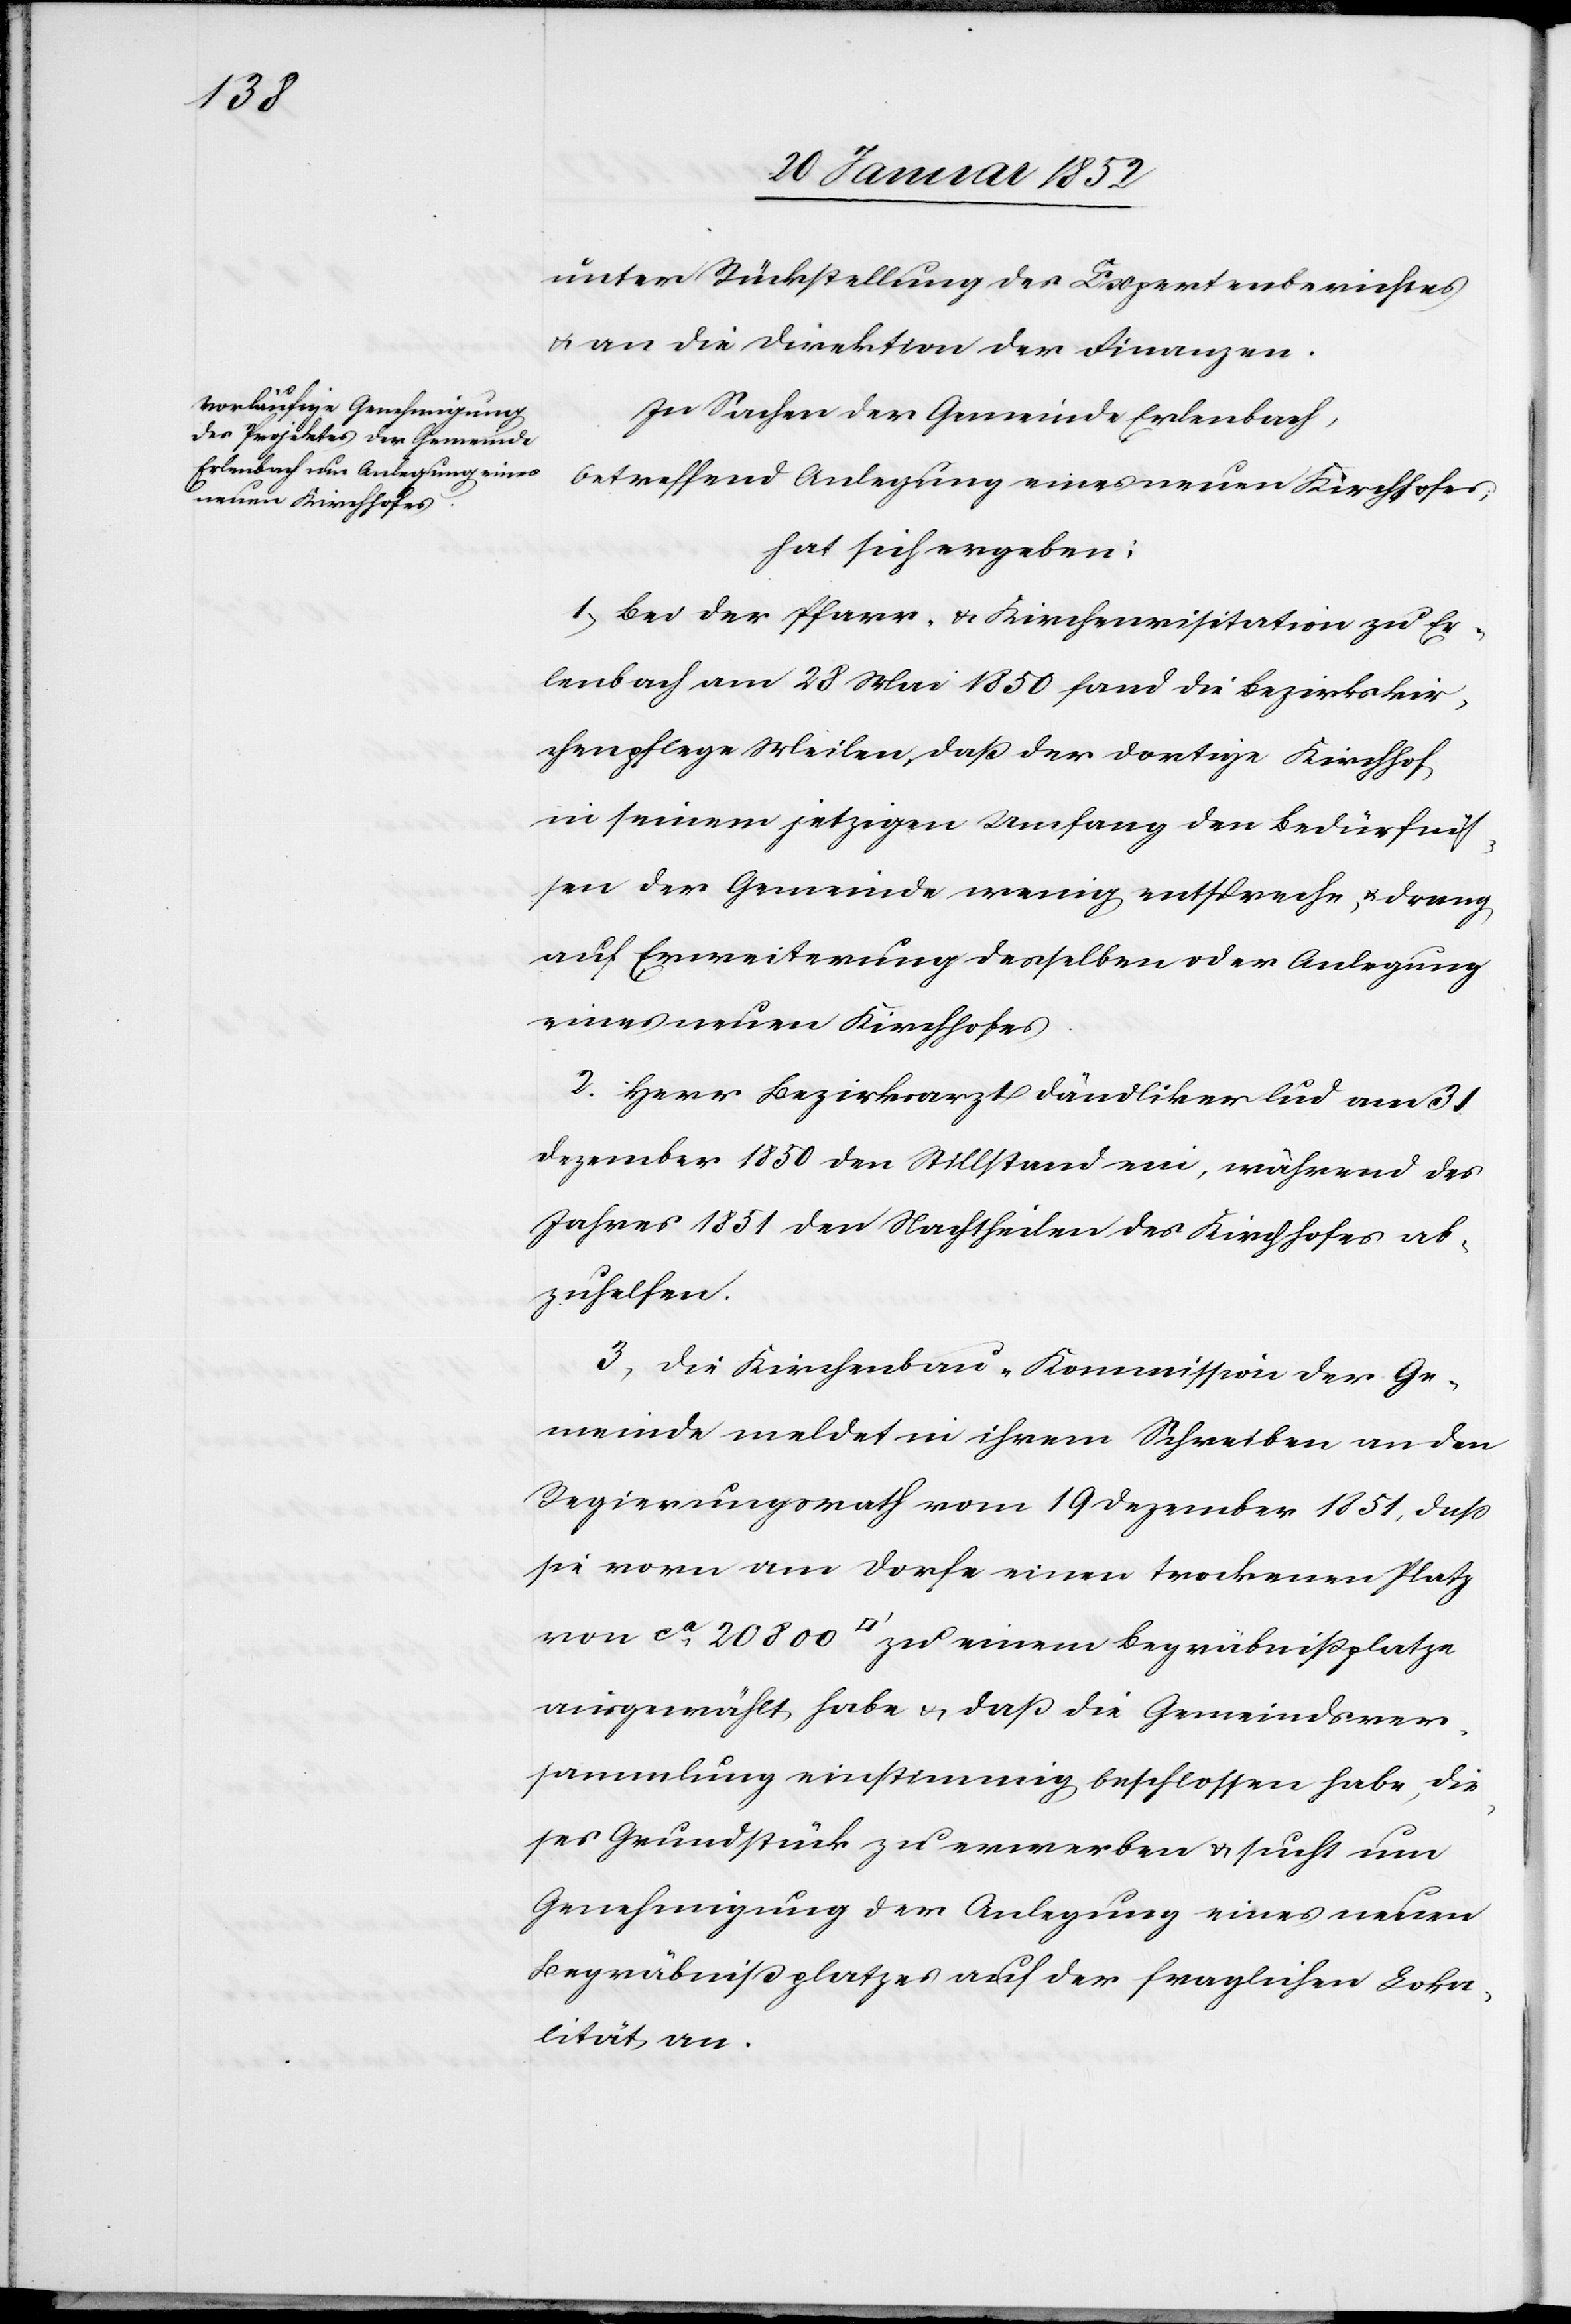
unter Rückstellung des Expertenberichtes
u. an die Direktion der Finanzen.
In Sachen der Gemeinde Erlenbach,
betreffend Anlegung eines neuen Kirchhofes,
hat sich ergeben:
1) Bei der Pfarre u. Kirchenvisitation zu Er¬
lenbach am 28 Mai 1850 fand die Bezirkskir¬
chenpflege Meilen, daß der dortige Kirchhof
in seinem jetzigen Umfang den Bedürfniß¬
en der Gemeinde wenig entspreche, u. drang
auf Erweiterung desselben oder Anlegung
eines neuen Kirchhofes.
2. Herr Bezirksarzt Dändliker lud am 31.
Dezember 1850 den Stillstand ein, während des
Jahres 1851 den Nachtheilen des Kirchhofes ab¬
zuhelfen.
3) Die Kirchenbau-Kommission der Ge¬
meinde meldet in ihrem Schreiben an den
Regierungsrath vom 19 Dezember 1851, daß
sie vorn am Dorfe einen trockenen Platz
von ca 20 800 [Quadratfuss] zu einem Begräbnißplatze
ausgewählt habe u. daß die Gemeindsver¬
sammlung einstimmig beschlossen habe, die¬
ses Grundstück zu erwerben u. sucht um
Genehmigung der Anlegung eines neuen
Begräbnißplatzes auf der fraglichen Lokab¬
ilität an.